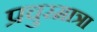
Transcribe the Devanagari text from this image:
प्रचुरमात्रा